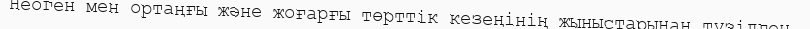
Неоген мен ортаңғы және жоғарғы төрттік кезеңінің жыныстарынан түзілген.